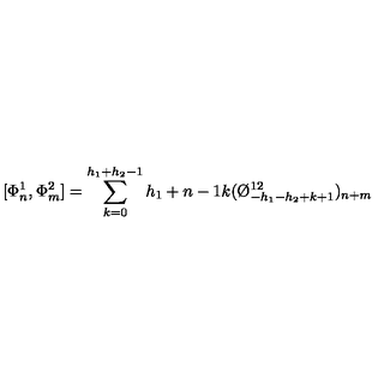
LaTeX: [ \Phi _ { n } ^ { 1 } , \Phi _ { m } ^ { 2 } ] = \sum _ { k = 0 } ^ { h _ { 1 } + h _ { 2 } - 1 } { \binom { h _ { 1 } + n - 1 } { k } } ( \O _ { - h _ { 1 } - h _ { 2 } + k + 1 } ^ { 1 2 } ) _ { n + m }